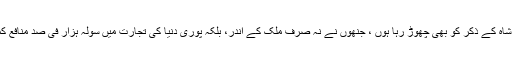
میں امت شاہ کے بیٹے جے شاہ کے ذکر کو بھی چھوڑ رہا ہوں ، جنھوں نے نہ صرف ملک کے اندر، بلکہ پوری دنیا کی تجارت میں سولہ ہزار فی صد منافع کما کر ایک مثال قائم کی ہے۔